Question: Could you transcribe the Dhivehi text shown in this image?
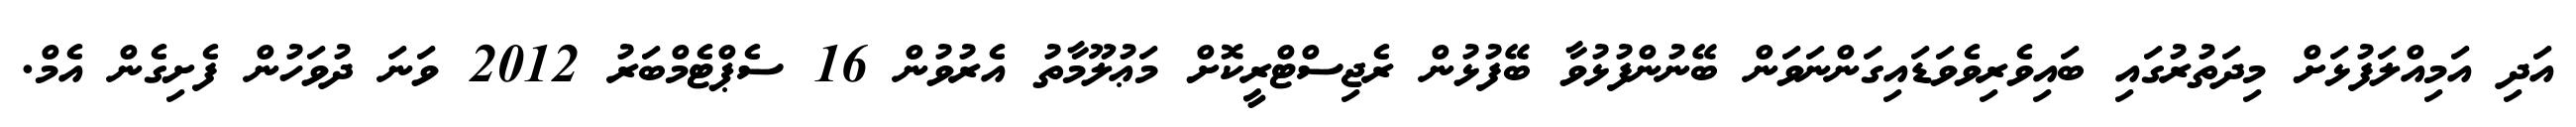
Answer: އަދި އަމިއްލަފުޅަށް މިދަތުރުގައި ބައިވެރިވެވަޑައިގަންނަވަން ބޭނުންފުޅުވާ ބޭފުޅުން ރެޖިސްޓްރީކޮށް މަޢުލޫމާތު އެރުވުން 16 ސެޕްޓެމްބަރު 2012 ވަނަ ދުވަހުން ފެށިގެން އެމް.